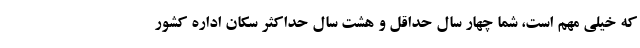
که خیلی مهم است، شما چهار سال حداقل و هشت سال حداکثر سکان اداره کشور